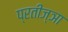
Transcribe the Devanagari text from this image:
प्रतीज्ञा